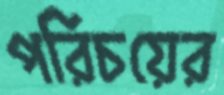
পরিচয়ের